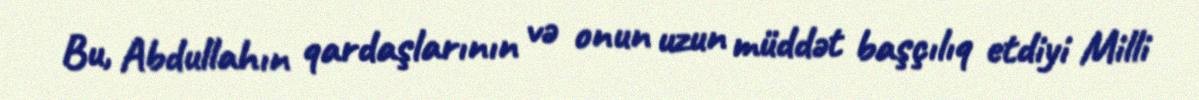
Bu, Abdullahın qardaşlarının və onun uzun müddət başçılıq etdiyi Milli